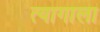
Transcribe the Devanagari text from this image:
त्यागाला